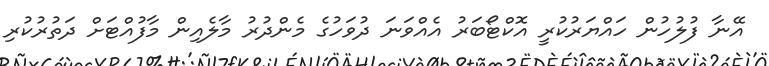
އޭނާ ފުލުހުން ހައްޔަރުކުރީ އޮކްޓޯބަރު އެއްވަނަ ދުވަހުގެ މެންދުރު މާލެއިން މާފުއްޓަށް ދަތުރުކުރި